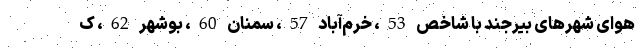
هوای شهرهای بیرجند با شاخص 53، خرم‌آباد 57، سمنان 60، بوشهر 62، ک